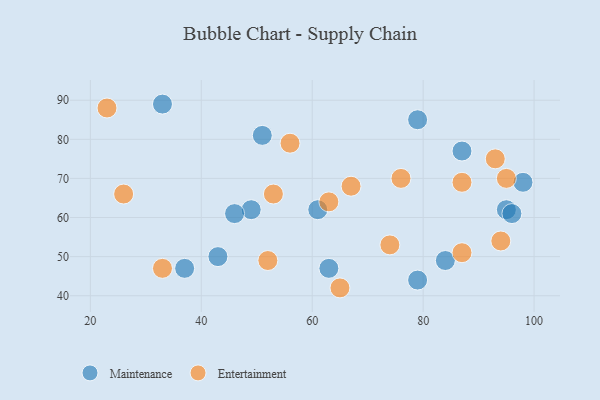
{"axis": {"x": "GDP", "y": "Life Expectancy"}, "legend": ["Entertainment", "Maintenance"], "data": [{"x": "49", "y": 62, "type": "Maintenance"}, {"x": "51", "y": 81, "type": "Maintenance"}, {"x": "33", "y": 89, "type": "Maintenance"}, {"x": "98", "y": 69, "type": "Maintenance"}, {"x": "87", "y": 77, "type": "Maintenance"}, {"x": "84", "y": 49, "type": "Maintenance"}, {"x": "37", "y": 47, "type": "Maintenance"}, {"x": "46", "y": 61, "type": "Maintenance"}, {"x": "95", "y": 62, "type": "Maintenance"}, {"x": "61", "y": 62, "type": "Maintenance"}, {"x": "79", "y": 85, "type": "Maintenance"}, {"x": "96", "y": 61, "type": "Maintenance"}, {"x": "79", "y": 44, "type": "Maintenance"}, {"x": "43", "y": 50, "type": "Maintenance"}, {"x": "63", "y": 47, "type": "Maintenance"}, {"x": "52", "y": 49, "type": "Entertainment"}, {"x": "33", "y": 47, "type": "Entertainment"}, {"x": "87", "y": 51, "type": "Entertainment"}, {"x": "95", "y": 70, "type": "Entertainment"}, {"x": "67", "y": 68, "type": "Entertainment"}, {"x": "23", "y": 88, "type": "Entertainment"}, {"x": "87", "y": 69, "type": "Entertainment"}, {"x": "56", "y": 79, "type": "Entertainment"}, {"x": "93", "y": 75, "type": "Entertainment"}, {"x": "94", "y": 54, "type": "Entertainment"}, {"x": "65", "y": 42, "type": "Entertainment"}, {"x": "63", "y": 64, "type": "Entertainment"}, {"x": "53", "y": 66, "type": "Entertainment"}, {"x": "76", "y": 70, "type": "Entertainment"}, {"x": "26", "y": 66, "type": "Entertainment"}, {"x": "74", "y": 53, "type": "Entertainment"}]}